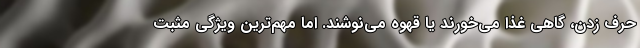
حرف زدن، گاهي غذا می‌خورند يا قهوه می‌نوشند. اما مهم‌ترين ويژگي مثبت